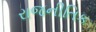
રાજનીતિક